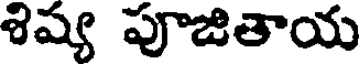
శిష్య పూజితాయ